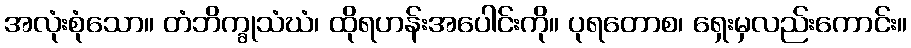
အလုံးစုံသော။ တံဘိက္ခုသံဃံ၊ ထိုရဟန်းအပေါင်းကို။ ပုရတောစ၊ ရှေးမှလည်းကောင်း။